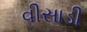
વીસાડી